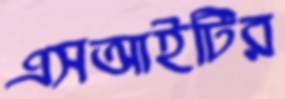
এসআইটির